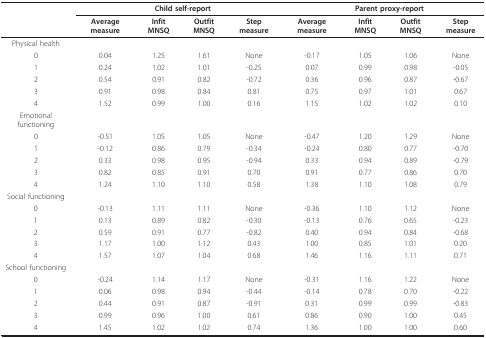
<table><thead><tr><td></td><td></td><td colspan="2"><b>Child self-report</b></td><td></td><td></td><td colspan="2"><b>Parent proxy-report</b></td><td></td></tr><tr><td></td><td><b>Average measure</b></td><td><b>Infit MNSQ</b></td><td><b>Outfit MNSQ</b></td><td><b>Step measure</b></td><td><b>Average measure</b></td><td><b>Infit MNSQ</b></td><td><b>Outfit MNSQ</b></td><td><b>Step measure</b></td></tr></thead><tbody><tr><td>Physical health</td><td></td><td></td><td></td><td></td><td></td><td></td><td></td><td></td></tr><tr><td>0</td><td>0.04</td><td>1.25</td><td>1.61</td><td>None</td><td>-0.17</td><td>1.05</td><td>1.06</td><td>None</td></tr><tr><td>1</td><td>0.24</td><td>1.02</td><td>1.01</td><td>-0.25</td><td>0.07</td><td>0.99</td><td>0.98</td><td>-0.05</td></tr><tr><td>2</td><td>0.54</td><td>0.91</td><td>0.82</td><td>-0.72</td><td>0.36</td><td>0.96</td><td>0.87</td><td>-0.67</td></tr><tr><td>3</td><td>0.91</td><td>0.98</td><td>0.84</td><td>0.81</td><td>0.75</td><td>0.97</td><td>1.01</td><td>0.67</td></tr><tr><td>4</td><td>1.52</td><td>0.99</td><td>1.00</td><td>0.16</td><td>1.15</td><td>1.02</td><td>1.02</td><td>0.10</td></tr><tr><td>Emotional functioning</td><td></td><td></td><td></td><td></td><td></td><td></td><td></td><td></td></tr><tr><td>0</td><td>-0.51</td><td>1.05</td><td>1.05</td><td>None</td><td>-0.47</td><td>1.20</td><td>1.29</td><td>None</td></tr><tr><td>1</td><td>-0.12</td><td>0.86</td><td>0.79</td><td>-0.34</td><td>-0.24</td><td>0.80</td><td>0.77</td><td>-0.70</td></tr><tr><td>2</td><td>0.33</td><td>0.98</td><td>0.95</td><td>-0.94</td><td>0.33</td><td>0.94</td><td>0.89</td><td>-0.79</td></tr><tr><td>3</td><td>0.82</td><td>0.85</td><td>0.91</td><td>0.70</td><td>0.91</td><td>0.77</td><td>0.86</td><td>0.70</td></tr><tr><td>4</td><td>1.24</td><td>1.10</td><td>1.10</td><td>0.58</td><td>1.38</td><td>1.10</td><td>1.08</td><td>0.79</td></tr><tr><td>Social functioning</td><td></td><td></td><td></td><td></td><td></td><td></td><td></td><td></td></tr><tr><td>0</td><td>-0.13</td><td>1.11</td><td>1.11</td><td>None</td><td>-0.36</td><td>1.10</td><td>1.12</td><td>None</td></tr><tr><td>1</td><td>0.13</td><td>0.89</td><td>0.82</td><td>-0.30</td><td>-0.13</td><td>0.76</td><td>0.65</td><td>-0.23</td></tr><tr><td>2</td><td>0.59</td><td>0.91</td><td>0.77</td><td>-0.82</td><td>0.40</td><td>0.94</td><td>0.84</td><td>-0.68</td></tr><tr><td>3</td><td>1.17</td><td>1.00</td><td>1.12</td><td>0.43</td><td>1.00</td><td>0.85</td><td>1.01</td><td>0.20</td></tr><tr><td>4</td><td>1.57</td><td>1.07</td><td>1.04</td><td>0.68</td><td>1.46</td><td>1.16</td><td>1.11</td><td>0.71</td></tr><tr><td>School functioning</td><td></td><td></td><td></td><td></td><td></td><td></td><td></td><td></td></tr><tr><td>0</td><td>-0.24</td><td>1.14</td><td>1.17</td><td>None</td><td>-0.31</td><td>1.16</td><td>1.22</td><td>None</td></tr><tr><td>1</td><td>0.06</td><td>0.98</td><td>0.94</td><td>-0.44</td><td>-0.14</td><td>0.78</td><td>0.70</td><td>-0.22</td></tr><tr><td>2</td><td>0.44</td><td>0.91</td><td>0.87</td><td>-0.91</td><td>0.31</td><td>0.99</td><td>0.99</td><td>-0.83</td></tr><tr><td>3</td><td>0.99</td><td>0.96</td><td>1.00</td><td>0.61</td><td>0.86</td><td>0.90</td><td>1.00</td><td>0.45</td></tr><tr><td>4</td><td>1.45</td><td>1.02</td><td>1.02</td><td>0.74</td><td>1.36</td><td>1.00</td><td>1.00</td><td>0.60</td></tr></tbody></table>